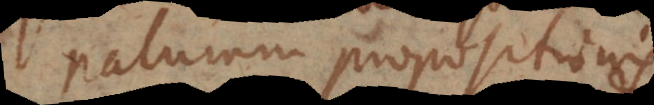
naturam propositionis